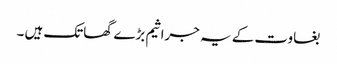
بغاوت کے یہ جراثیم بڑے گھاتک ہیں ۔